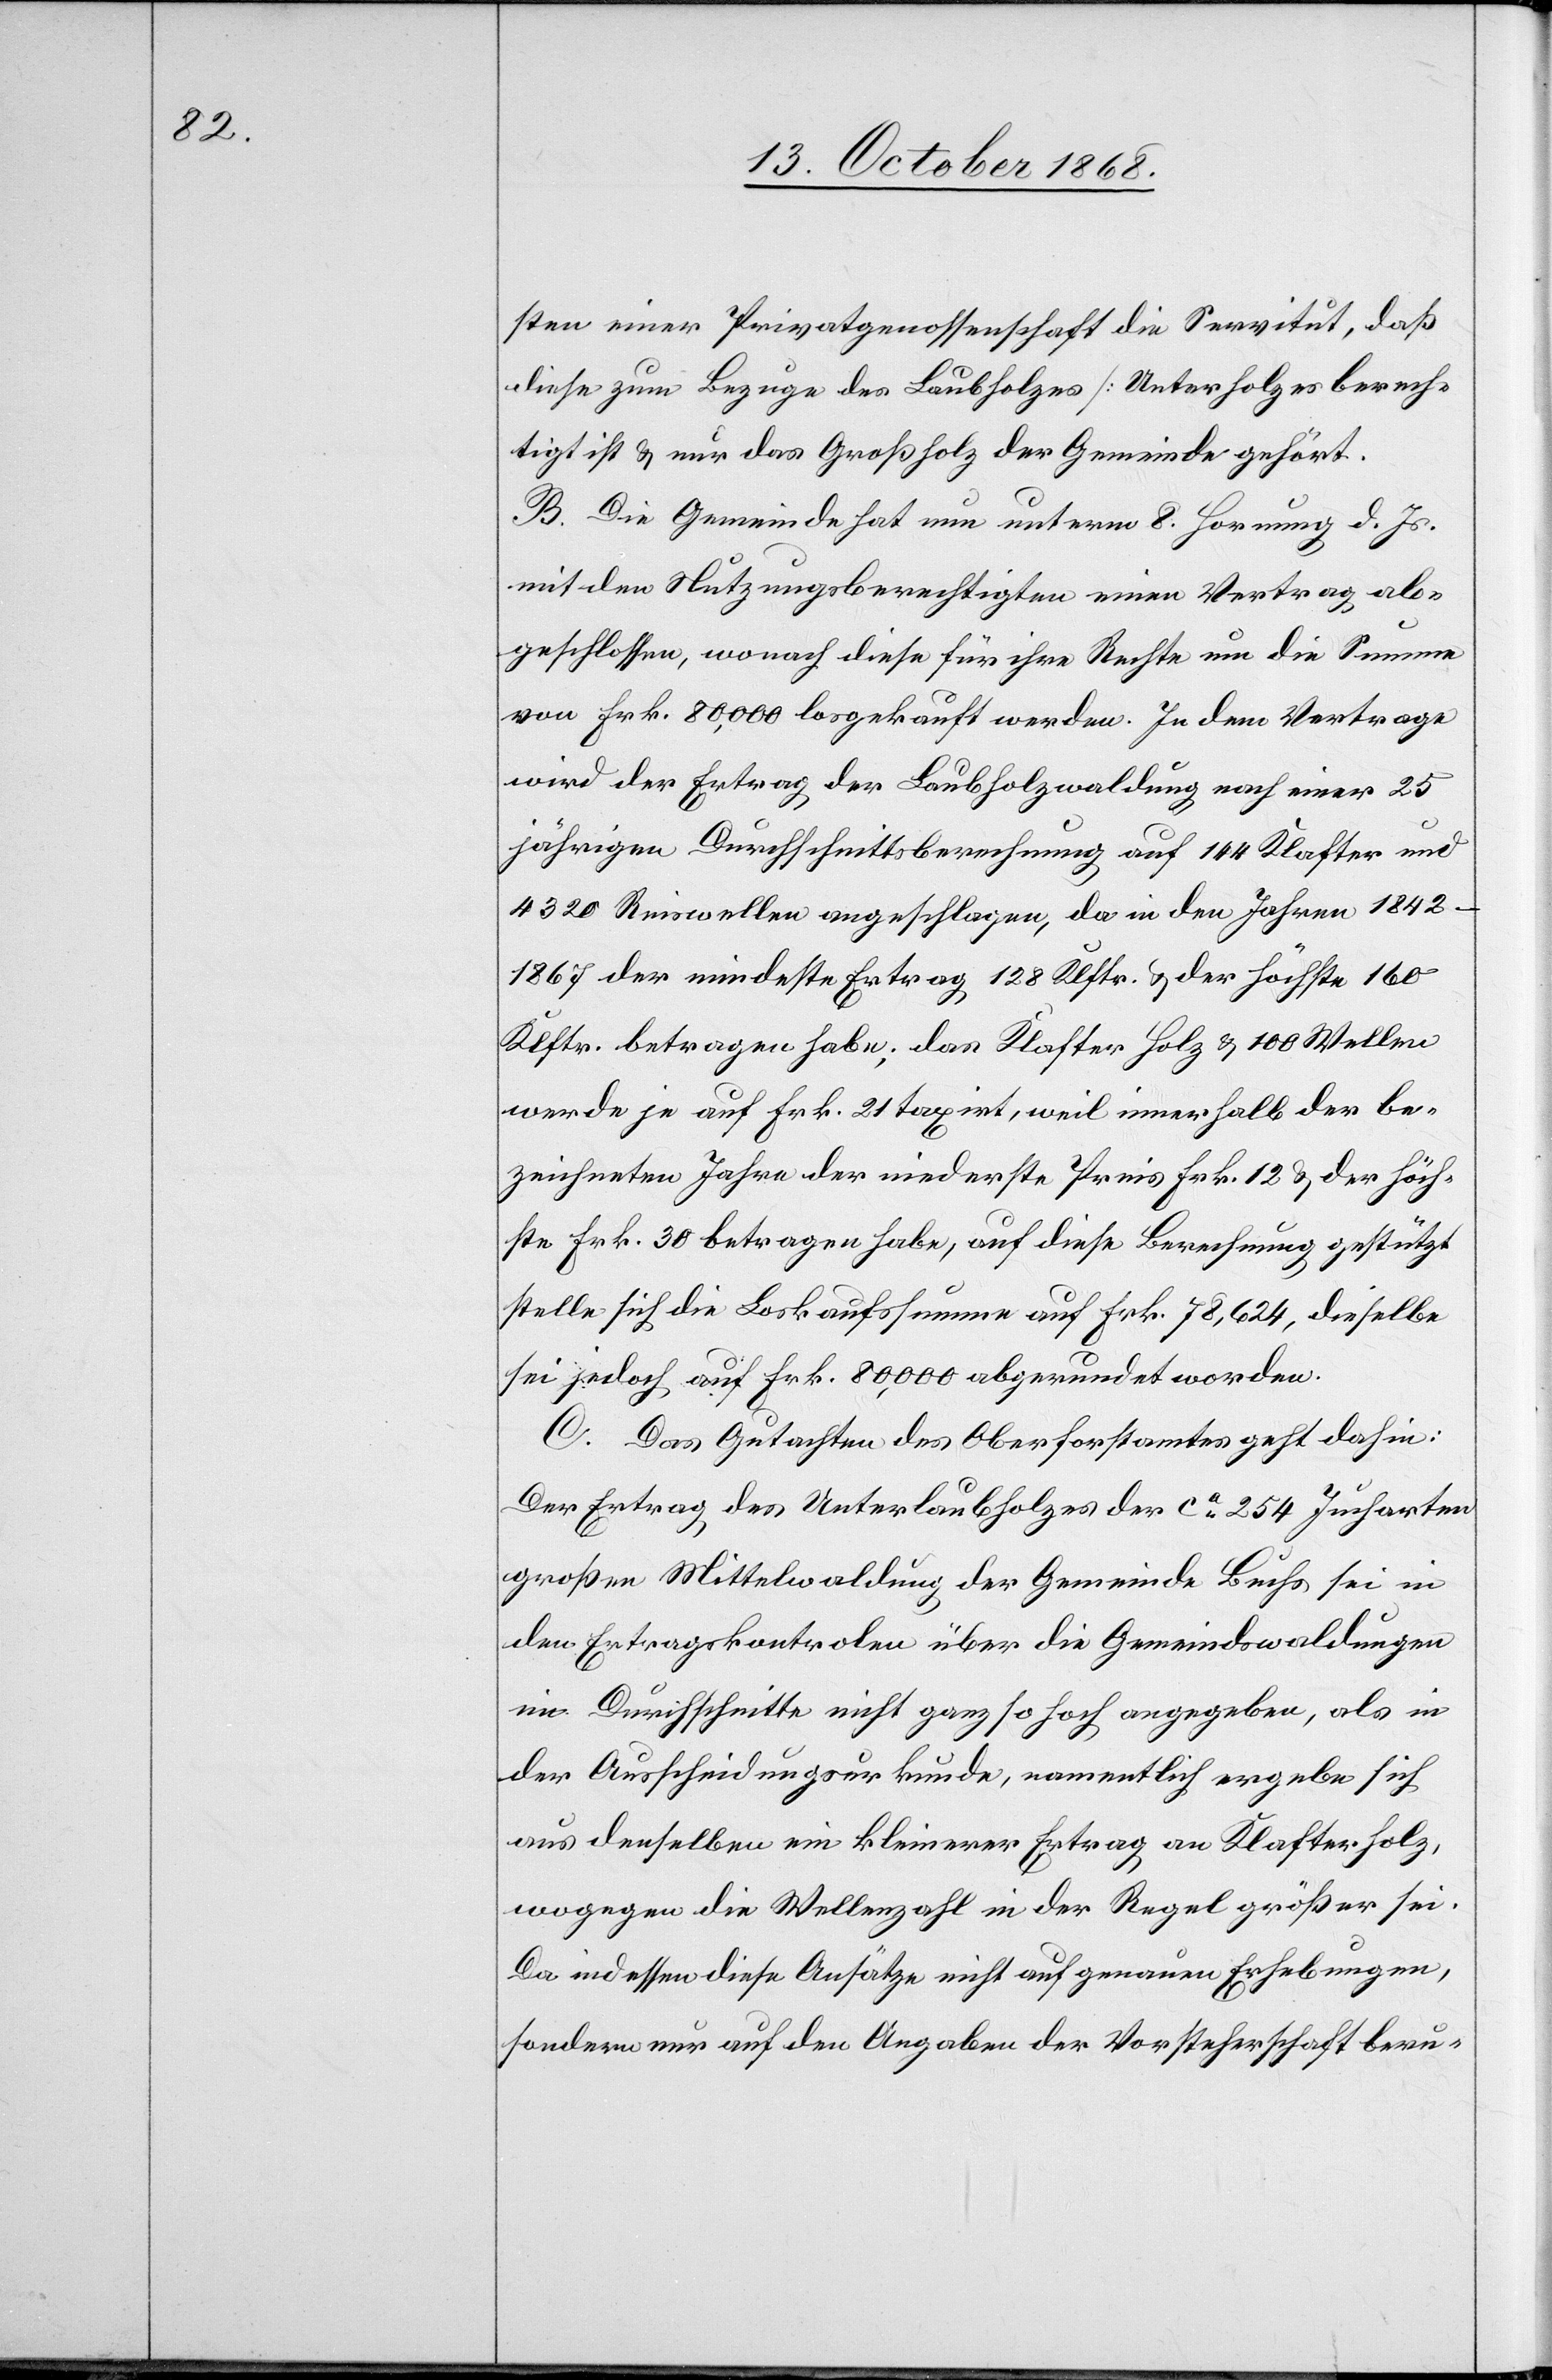
sten einer Privatgenossenschaft die Servitut, daß
diese zum Bezuge des Laubholzes [Unterholzes[]] berech¬
tigt ist & nur das Großholz der Gemeinde gehört.
B. Die Gemeinde hat nun unterm 8. Hornung d. Js.
mit den Nutzungsberechtigten einen Vertrag ab¬
geschlossen, wonach diese für ihre Rechte um die Summe
von Frk. 80,000 losgekauft werden. In dem Vertrage
wird der Ertrag der Laubholzwaldung nach einer 25
jährigen Durchschnittsberechnung auf 144 Klafter und
4320 Reiswellen angeschlagen, da in den Jahren 1842–1867
der mindeste Ertrag 128 Klftr. & der höchste 160
Klftr. betragen habe; das Klafter Holz & 100 Wellen
werde je auf Frk. 21 taxirt, weil innerhalb der be¬
zeichneten Jahre der niederste Preis Frk. 12 & der höch¬
ste Frk. 30 betragen habe, auf diese Berechnung gestützt
stelle sich die Loskaufssumme auf Frk. 78,624, dieselbe
sei jedoch auf Frk. 80,000 abgerundet worden.
C. Das Gutachten des Oberforstamtes geht dahin:
Der Ertrag des Unterlaubholzes der ca 254 Jucharten
großen Mittelwaldung der Gemeinde Buchs sei in
den Ertragskontrolen über die Gemeindswaldungen
im Durchschnitte nicht ganz so hoch angegeben, als in
der Ausscheidungsurkunde, namentlich ergebe sich
aus denselben ein kleinerer Ertrag an Klafterholz,
wogegen die Wellenzahl in der Regel größer sei.
Da indessen diese Ansätze nicht auf genauen Erhebungen,
sondern nur auf den Angaben der Vorsteherschaft beru-